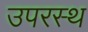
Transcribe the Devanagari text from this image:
उपरस्थ